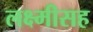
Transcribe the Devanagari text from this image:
लक्ष्मीसह